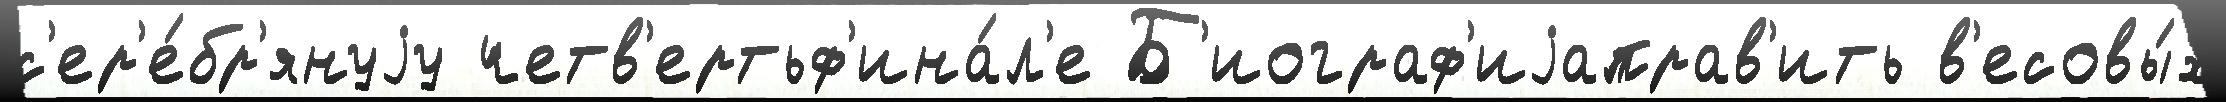
с'ер'е́бр'януjу четв'ертьф'ина́л'е Б'иограф'иjаправ'ить в'есовы́х